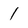
Character: 1